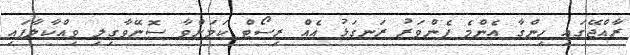
ރާއްޖޭގައި ހިންގާ އެންމެ ފެންވަރު ރަނގަޅު އެއް ރިސޯޓް ކަމަށްވާ ސޮނޭވާގިލި ވިއްކާލާފައި